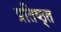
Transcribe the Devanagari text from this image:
प्रतिष्ठ्त